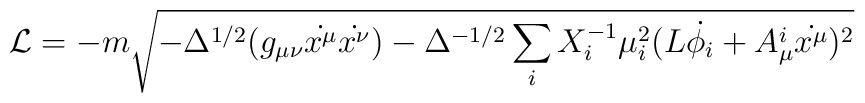
\mathcal{L} = -m  \sqrt{- \Delta^{1/2}(g_{\mu \nu}\dot{x^{\mu}}\dot{ x^{\nu}}) - \Delta^{-1/2} \sum_i X_i^{-1} \mu_i^2 (L \dot{\phi_i} +  A^i_{\mu} \dot{x^{\mu}})^2}